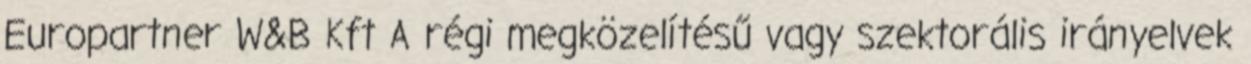
Europartner W&B Kft A régi megközelítésű vagy szektorális irányelvek